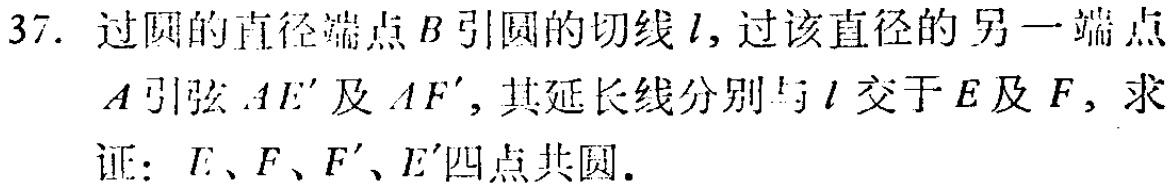
37. 过圆的直径端点\(B\)引圆的切线\(l\)，过该直径的另一端点\(A\)引弦\(AE'\)及\(AF'\)，其延长线分别与\(l\)交于\(E\)及\(F\)，求证：\(E\)、\(F\)、\(F'\)、\(E'\)四点共圆.